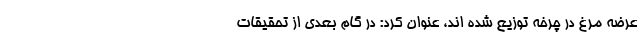
عرضه مرغ در چرخه توزیع شده اند، عنوان کرد: در گام بعدی از تحقیقات